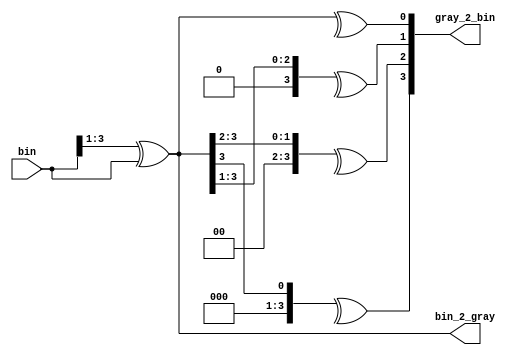
`timescale 1ns/1ns

module numConv #(parameter n = 4)(/*AUTOARG*/
   // Outputs
   bin_2_gray, gray_2_bin,
   // Inputs
   bin
   );

   input [n-1:0] bin;
   
   output [n-1:0] bin_2_gray;
   output reg [n-1:0] gray_2_bin;

   // bin_2_gray
   assign bin_2_gray = (bin >> 1) ^ bin;

   integer i;   
   // gray_2_bin
   always@(*) begin
      for(i=0; i<n ; i=i+1)
	       gray_2_bin[i] = ^(bin_2_gray >> i);
   end

   endmodule